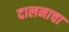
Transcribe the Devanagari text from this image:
दालनाचा